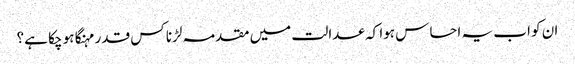
ان کو اب یہ احساس ہوا کہ عدالت میں مقدمہ لڑنا کس قدر مہنگا ہو چکا ہے؟